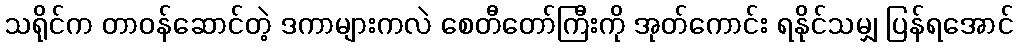
သရိုင်က တာဝန်ဆောင်တဲ့ ဒကာများကလဲ စေတီတော်ကြီးကို အုတ်ကောင်း ရနိုင်သမျှ ပြန်ရအောင်